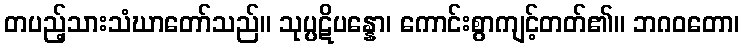
တပည့်သားသံဃာတော်သည်။ သုပ္ပဋိပန္နော၊ ကောင်းစွာကျင့်တတ်၏။ ဘဂဝတော၊